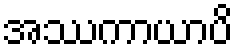
အဿကာယာပိ